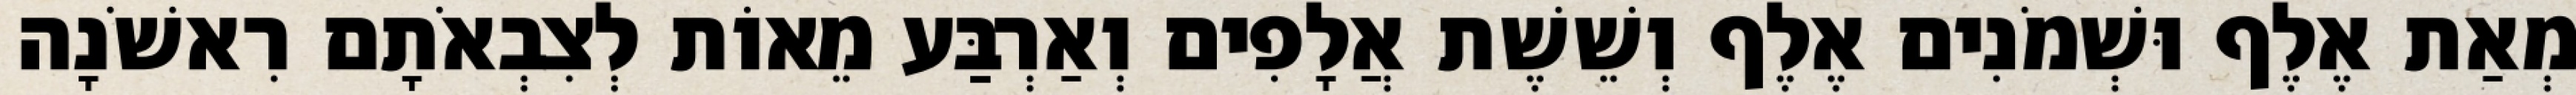
מְאַת אֶלֶף וּשְׁמֹנִים אֶלֶף וְשֵׁשֶׁת אֲלָפִים וְאַרְבַּע מֵאוֹת לְצִבְאֹתָם רִאשֹׁנָה